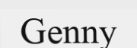
Genny